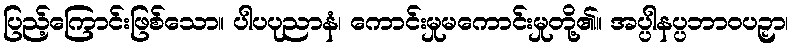
ပြည့်ကြောင်းဖြစ်သော။ ပါပပုညာနံ၊ ကောင်းမှုမကောင်းမှုတို့၏။ အပ္ပါနပ္ပဘာဝပဉှာ၊